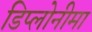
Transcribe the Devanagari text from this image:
डिप्लोनीमा